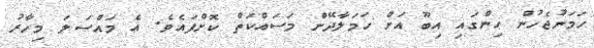
ހަމަނުޖެހުން ހިންގައި އިބޫ އަށް ހަމަލާދޭން މަސައްކަތް ކޮށްފައެވެ. އެ މައްސަލަ މިހާރު